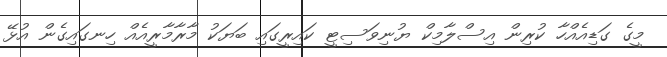
މީގެ ގަޑިއެއްހާ ކުރިން އިސްލާމިކް ޔުނިވަސިޓީ ކައިރީގައި ބަޔަކު މާރާމާރީއެއް ހިނގައިގެން އުޅޭ